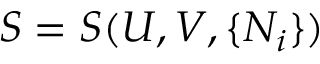
S = S ( U , V , \{ N _ { i } \} )